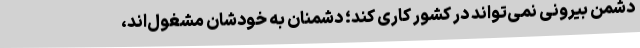
دشمن بیرونی نمی‌تواند در کشور کاری کند؛ دشمنان به خودشان مشغول‌اند،